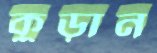
কুড়ান